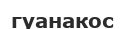
гуанакос